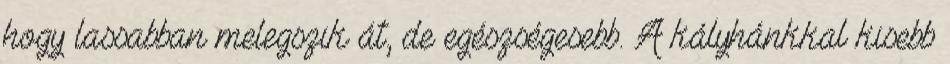
hogy lassabban melegszik át, de egészségesebb. A kályhánkkal kisebb